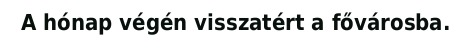
A hónap végén visszatért a fővárosba.